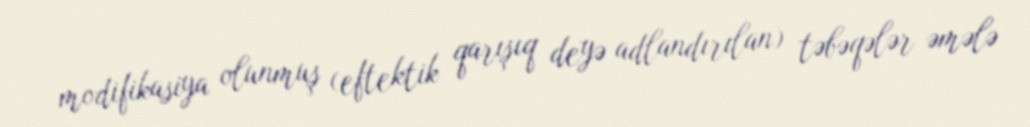
modifikasiya olunmuş (eftektik qarışıq deyə adlandırılan) təbəqələr əmələ